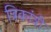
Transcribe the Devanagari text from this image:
त्रिकांत्री